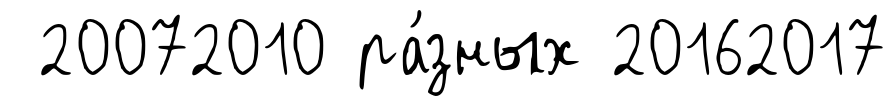
20072010 ра́зных 20162017